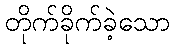
တိုက်ခိုက်ခဲ့သော